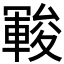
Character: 𲄺